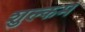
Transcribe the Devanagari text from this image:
शुल्कम